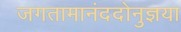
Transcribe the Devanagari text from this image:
जगतामानंददोनुज्ञया